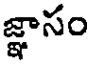
జ్ఞాసం